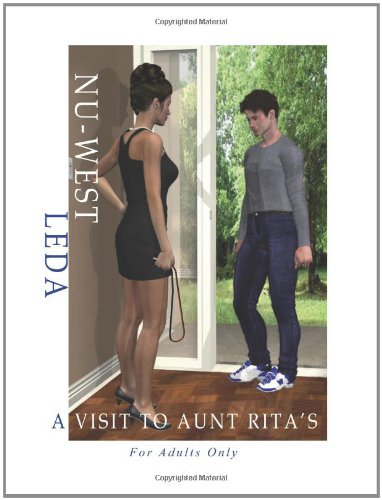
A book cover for A Visit to Aunt Rita's: A Rework of an Original Female/Male Spanking Comic First Produced by NU-West/Leda in the 1980's; Ed Lee; Comics & Graphic Novels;